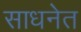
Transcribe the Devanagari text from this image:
साधनेत